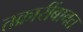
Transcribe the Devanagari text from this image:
तक्रारींबाबत